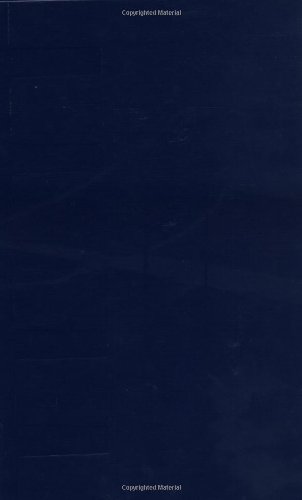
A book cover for Continuum Theory of Plasticity; Akhtar S. Khan; Science & Math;